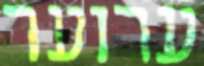
ערוער